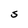
Character: S